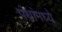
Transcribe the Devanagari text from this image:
पंथांमध्ये